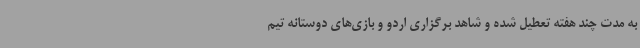
به مدت چند هفته تعطیل شده و شاهد برگزاری اردو و بازی‌های دوستانه تیم